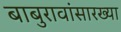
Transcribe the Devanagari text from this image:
बाबुरावांसारख्या